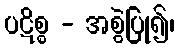
ပဋိစ္စ - အစွဲပြု၍၊